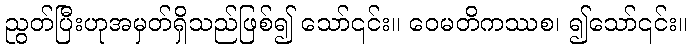
ညွတ်ပြီးဟုအမှတ်ရှိသည်ဖြစ်၍ သော်၎င်း။ ဝေမတိကဿစ၊ ၍သော်၎င်း။